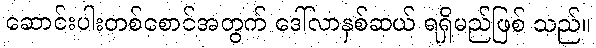
ဆောင်းပါးတစ်စောင်အတွက် ဒေါ်လာနှစ်ဆယ် ရရှိမည်ဖြစ် သည်။